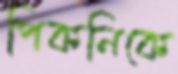
পিকনিকে